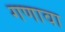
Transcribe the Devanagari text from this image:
गणावा